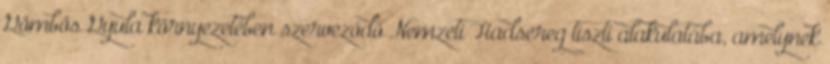
Gömbös Gyula környezetében szerveződő Nemzeti Hadsereg tiszti alakulatába, amelynek